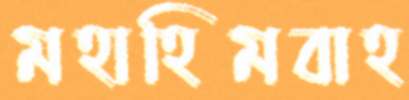
মহাহিমবাহ